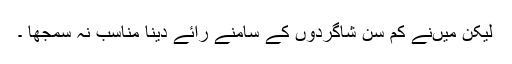
لیکن میںنے کم سن شاگردوں کے سامنے رائے دینا مناسب نہ سمجھا ۔